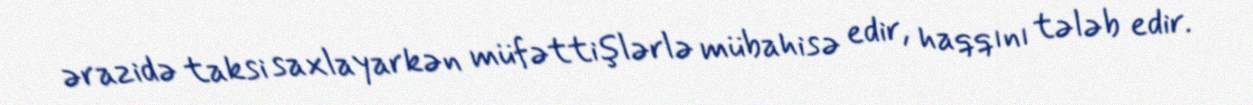
ərazidə taksi saxlayarkən müfəttişlərlə mübahisə edir, haqqını tələb edir.